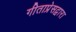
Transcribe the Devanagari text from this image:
गीताप्रेसद्वारा